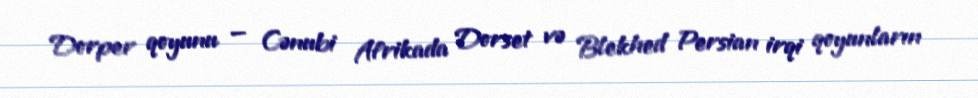
Dorper qoyunu — Cənubi Afrikada Dorset və Blekhed Persian irqi qoyunların